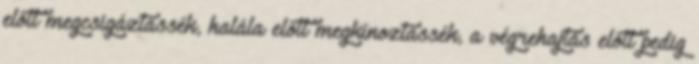
előtt megcsigáztassék, halála előtt megkínoztassék, a végrehajtás előtt pedig